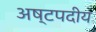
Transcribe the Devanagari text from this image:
अष्टपदीय